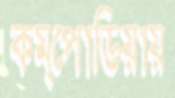
কম্পোডিয়ায়